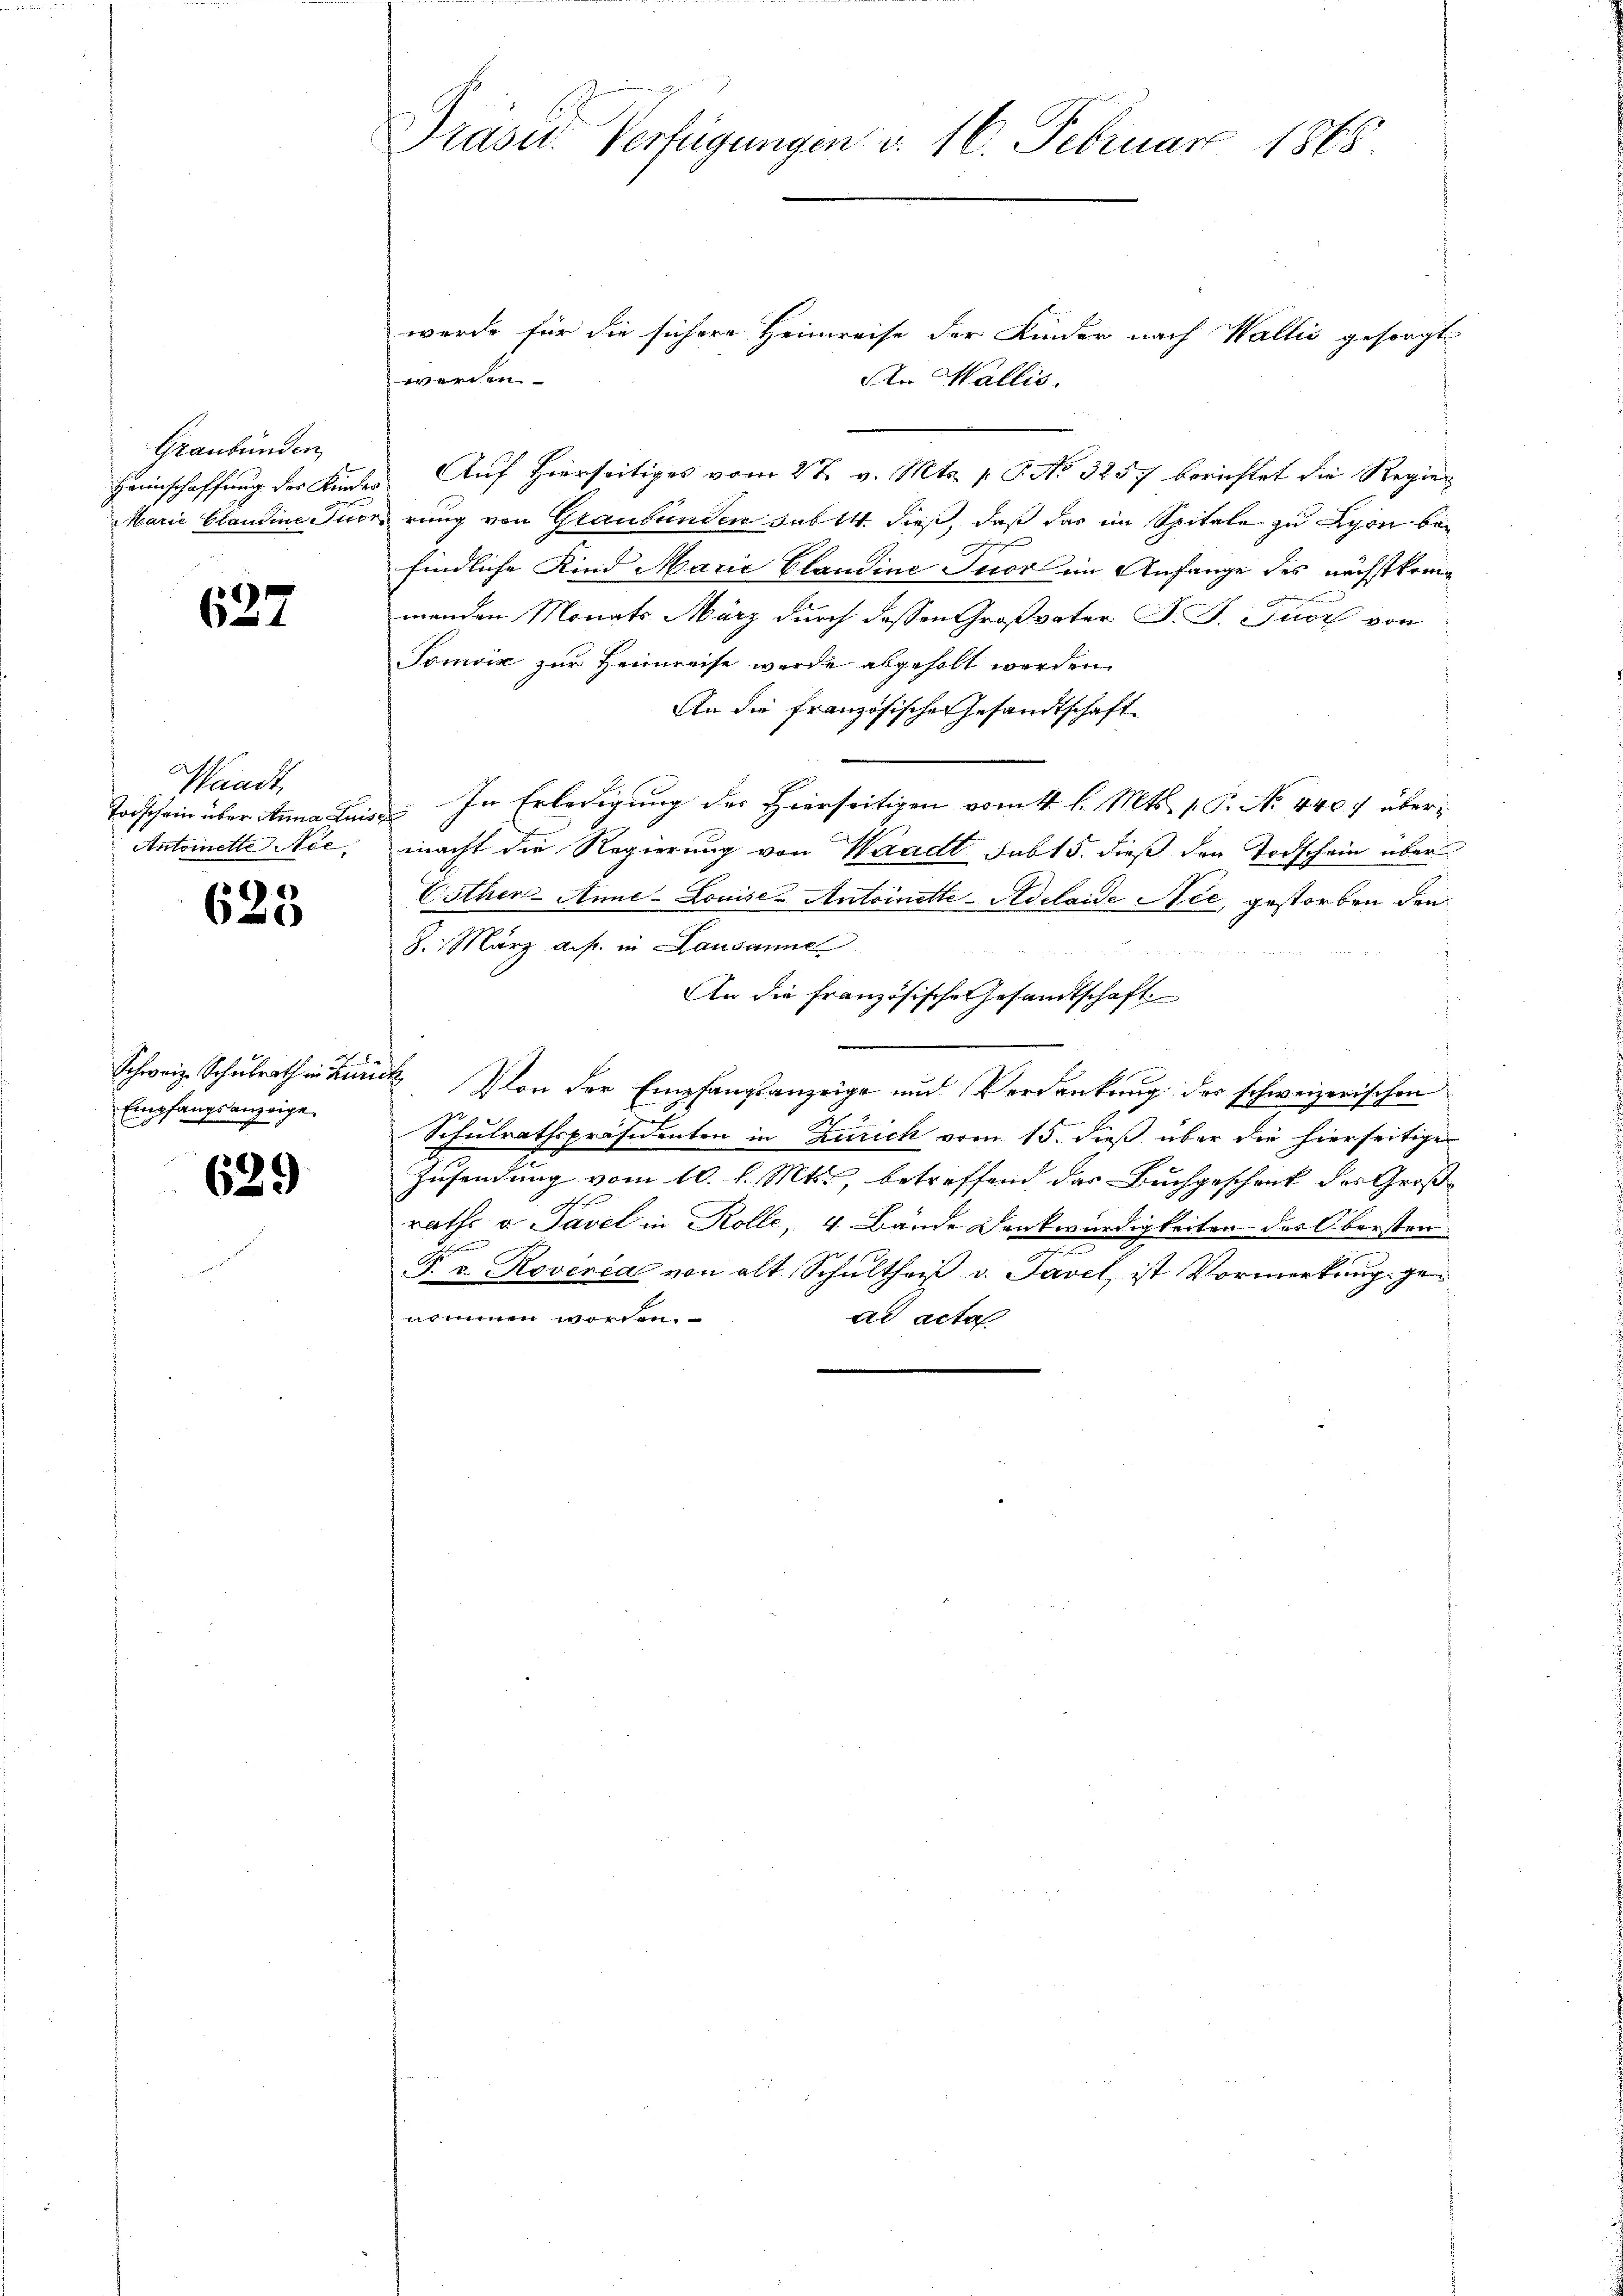
Graubünden
Marie Plaudine nic

637

Waadt,
Toischein über Anna Lin
Antonette Nie

625

Empfangsanzeige.

)
629

werde für die sichere Heimreise der Kinder nach Wallis gesorgt
werden.
An Wallis.
Heimschaffung der Kindes Auf Hierseitiges vom 27. v. Mts. p. P. No 325. berichtet die Regier
urung von Graubünden sub 14. dieß, daß das im Spitale zu Lyon befindliche Kind Marie Claudine Tuor in Anfange des nächstkommenden Monats März durch dessen Großvater J. J. Furch von
Tomvić zur Heimreise werde abgeholt werden.
An die französische Gesandtschaft
In Erledigung des Hierseitigen vom 4. l. Mts. 1. P. No. 440 f über¬
250f
macht die Regierung von Waadt sub 15. dieß der Todschein über
Esther-Anne-Louise - Antoinette-Adelaide Nee, gestorben den
8. März auf. in Lausanne
An die französische Gesandtschaft
Schweiz. Schulrath in Zürch. Von der Empfangsanzeige und Verdankung der schweizerischen
Schulrathspräsidenten in Zürich vom 15. dieß über die hierseitiger
Zusendung vom 10. l. Mts., betreffend das Buchgeschenk des Großraths u. Tavel in Rolle, 4 Bände Denkwürdigkeiten des Obersten
F. v. Rovered von alt Schultheiß v. Tavel, ist Vormerkung genommen worden.
ad acta

Präsid.. Verfügungen v. 16. Februar 1865.